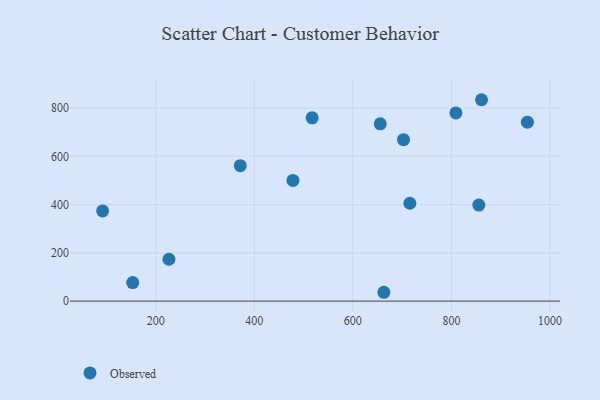
{"axis": {"x": "Engine Size", "y": "Yield"}, "legend": ["Observed"], "data": [{"x": "855.5", "y": 398.1, "type": "Observed"}, {"x": "478.5", "y": 499.9, "type": "Observed"}, {"x": "371.7", "y": 561.3, "type": "Observed"}, {"x": "655.6", "y": 734.7, "type": "Observed"}, {"x": "954.0", "y": 741.3, "type": "Observed"}, {"x": "861.0", "y": 834.4, "type": "Observed"}, {"x": "809.0", "y": 779.9, "type": "Observed"}, {"x": "715.6", "y": 405.5, "type": "Observed"}, {"x": "702.8", "y": 669.0, "type": "Observed"}, {"x": "153.4", "y": 76.6, "type": "Observed"}, {"x": "226.9", "y": 173.4, "type": "Observed"}, {"x": "92.4", "y": 373.7, "type": "Observed"}, {"x": "517.4", "y": 759.5, "type": "Observed"}, {"x": "662.9", "y": 36.6, "type": "Observed"}]}